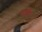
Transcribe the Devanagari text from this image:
संगोत्र